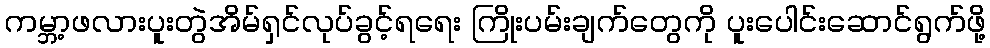
ကမ္ဘာ့ဖလားပူးတွဲအိမ်ရှင်လုပ်ခွင့်ရရေး ကြိုးပမ်းချက်တွေကို ပူးပေါင်းဆောင်ရွက်ဖို့